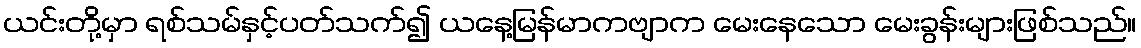
ယင်းတို့မှာ ရစ်သမ်နှင့်ပတ်သက်၍ ယနေ့မြန်မာကဗျာက မေးနေသော မေးခွန်းများဖြစ်သည်။